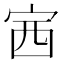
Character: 𡧳